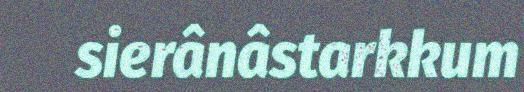
sierânâstarkkum